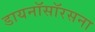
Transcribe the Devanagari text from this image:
डायनॉसॉरसना